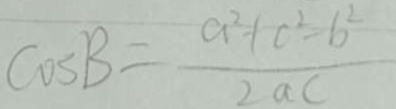
\cos B = \frac { a ^ { 2 } + c ^ { 2 } - b ^ { 2 } } { 2 a c }